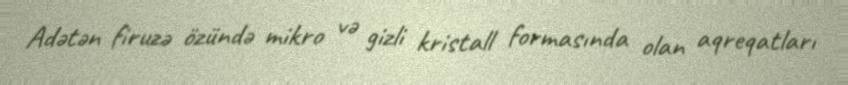
Adətən firuzə özündə mikro və gizli kristall formasında olan aqreqatları